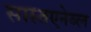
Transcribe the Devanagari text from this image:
सास्तएनेब्ल